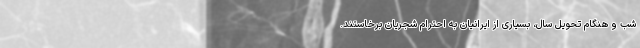
شب و هنگام تحویل سال، بسیاری از ایرانیان به احترام شجریان برخاستند.